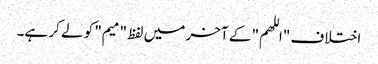
اختلاف "اللهم" کے آخر میں لفظ "میم" کو لے کر ہے۔